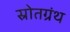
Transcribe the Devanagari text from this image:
स्रोतग्रंथ